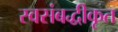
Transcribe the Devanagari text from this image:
स्वसंबद्धीकृत